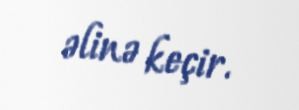
əlinə keçir.